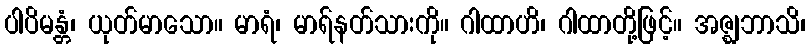
ပါပိမန္တံ၊ ယုတ်မာသော။ မာရံ၊ မာရ်နတ်သားကို။ ဂါထာဟိ၊ ဂါထာတို့ဖြင့်။ အဇ္ဈဘာသိ၊